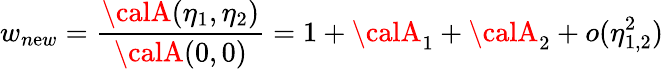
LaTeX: w_{n\mathrm{e}w}={\frac{{{\calA}(\eta_{1},\eta_{2})}}{{{\calA}(0,0)}}}=1+{\calA}_{1}+{\calA}_{2}+o(\eta_{1,2}^{2})